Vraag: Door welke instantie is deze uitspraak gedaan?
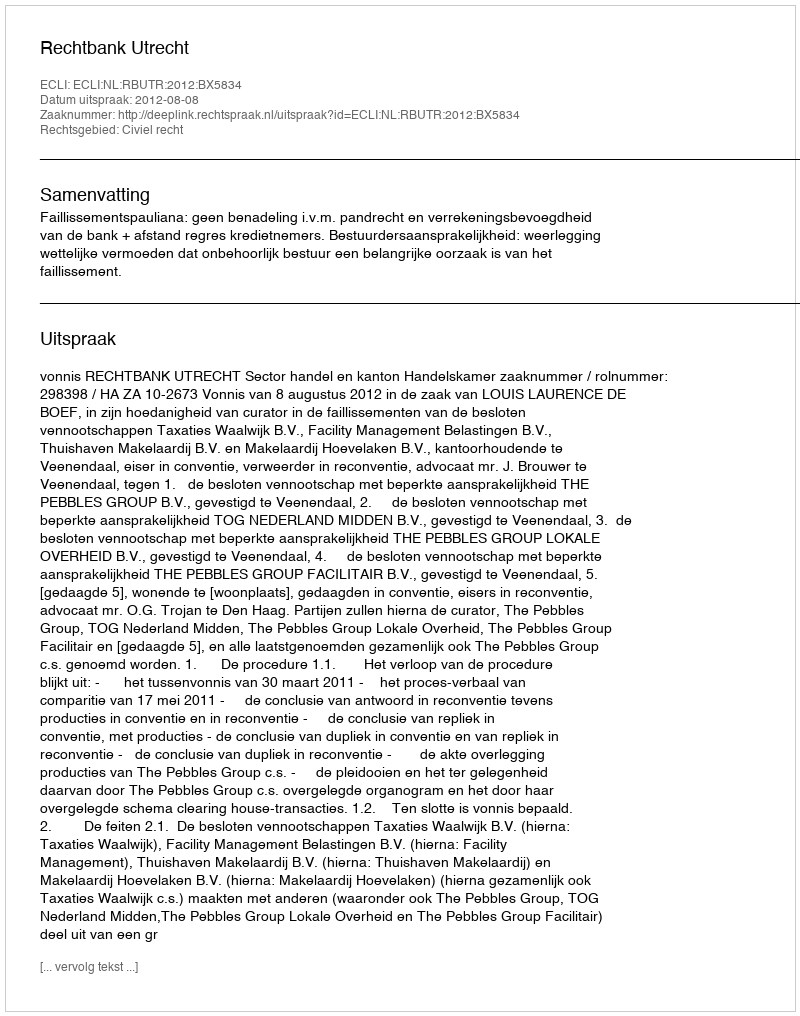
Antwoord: Rechtbank Utrecht